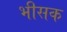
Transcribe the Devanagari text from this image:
भीसक